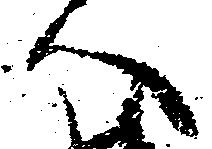
へ